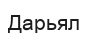
Дарьял